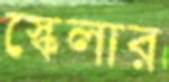
স্কেলার